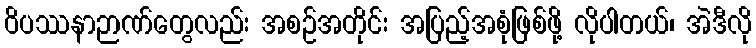
ဝိပဿနာဉာဏ်တွေလည်း အစဉ်အတိုင်း အပြည့်အစုံဖြစ်ဖို့ လိုပါတယ်၊ အဲဒီလို